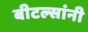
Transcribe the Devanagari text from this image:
बीटल्सांनी